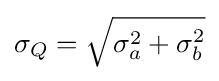
\sigma _{Q}={\sqrt {\sigma _{a}^{2}+\sigma _{b}^{2}}}